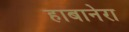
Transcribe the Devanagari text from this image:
हाबानेरा